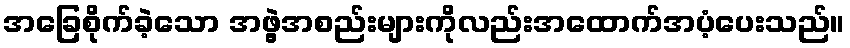
အခြေစိုက်ခဲ့သော အဖွဲ့အစည်းများကိုလည်းအထောက်အပံ့ပေးသည်။